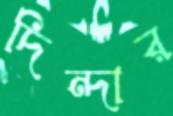
দিন্দার